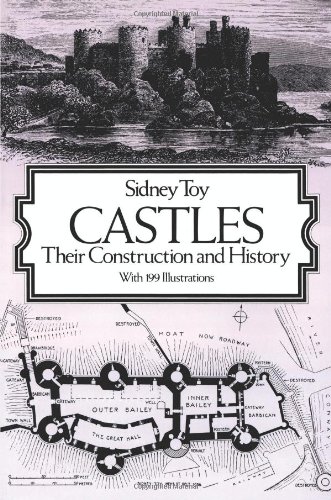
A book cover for Castles: Their Construction and History (Dover Architecture); Sidney Toy; Engineering & Transportation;